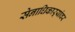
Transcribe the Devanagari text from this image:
सेनाधिकाऱ्यांवर